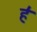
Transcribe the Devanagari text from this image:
ह॑